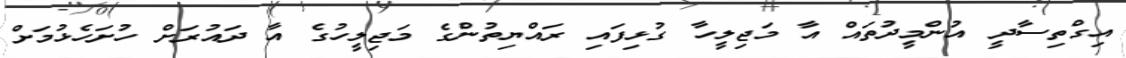
އިގްތިސާދީ އުންމީދުތައް އާ މަޖިލީހާ ގުޅިފައި ރައްޔިތުންގެ މަޖިލީހުގެ އާ ދައުރަށް ހުށަހެޅުމަށް